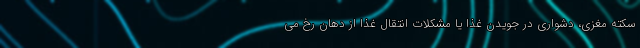
سکته مغزی، دشواری در جویدن غذا یا مشکلات انتقال غذا از دهان رخ می